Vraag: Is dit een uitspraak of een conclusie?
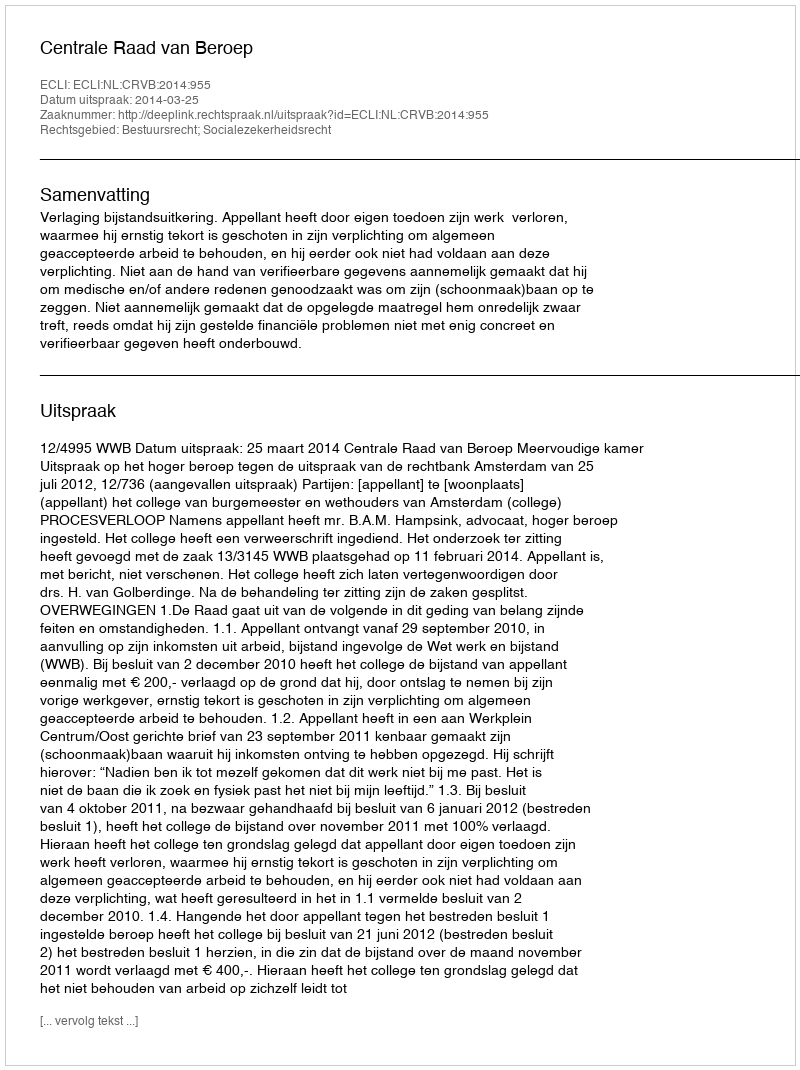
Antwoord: Uitspraak